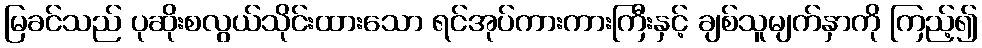
မြခင်သည် ပုဆိုးစလွယ်သိုင်းထားသော ရင်အုပ်ကားကားကြီးနှင့် ချစ်သူမျက်နှာကို ကြည့်၍